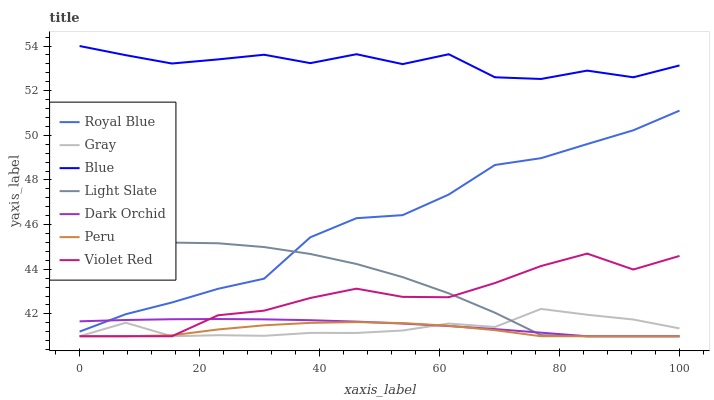
| xaxis_label | Royal Blue | Gray | Blue | Light Slate | Dark Orchid | Peru | Violet Red |
 | --- | --- | --- | --- | --- | --- | --- | --- |
 | 0 | 41.2 | 41 | 54 | 44.8 | 41.7 | 41 | 41 |
 | 7.69 | 42 | 41.6 | 53.6 | 45.1 | 41.7 | 41 | 41 |
 | 15.4 | 42.5 | 41 | 53.2 | 45.2 | 41.8 | 41 | 41 |
 | 23.1 | 43.1 | 41 | 53.4 | 45.2 | 41.8 | 41.3 | 41.9 |
 | 30.8 | 43.6 | 41 | 53.6 | 45 | 41.8 | 41.5 | 42.1 |
 | 38.5 | 45.4 | 41.2 | 53.2 | 44.7 | 41.7 | 41.6 | 42.7 |
 | 46.2 | 46.3 | 41.1 | 53.6 | 44.2 | 41.7 | 41.6 | 43.1 |
 | 53.8 | 46.4 | 41.3 | 53.2 | 43.6 | 41.6 | 41.6 | 42.8 |
 | 61.5 | 47.3 | 41.6 | 53.6 | 42.9 | 41.5 | 41.5 | 42.7 |
 | 69.2 | 48.7 | 41.4 | 52.6 | 42.1 | 41.3 | 41.3 | 43.4 |
 | 76.9 | 49 | 42.2 | 52.5 | 41 | 41.2 | 41 | 44.1 |
 | 84.6 | 49.6 | 42 | 52.9 | 41 | 41 | 41 | 44.7 |
 | 92.3 | 50.2 | 41.7 | 52.6 | 41 | 41 | 41 | 44 |
 | 100 | 51.1 | 41.4 | 53.1 | 41 | 41 | 41 | 44.6 |